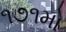
૧૭૧મો